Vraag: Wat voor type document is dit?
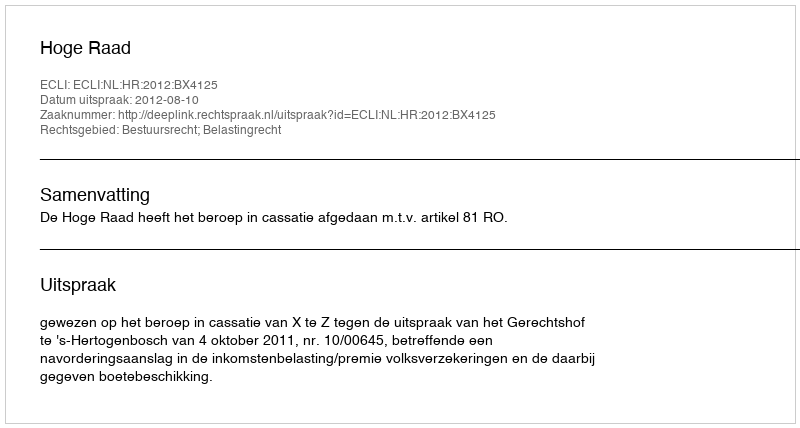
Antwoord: Uitspraak